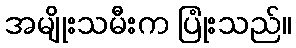
အမျိုးသမီးက ပြုံးသည်။